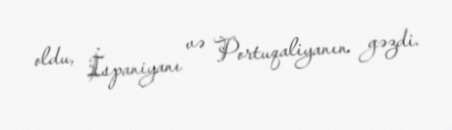
oldu, İspaniyanı və Portuqaliyanın gəzdi.